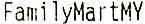
FAMILYMARTMY